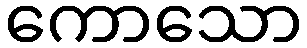
ကောသော